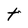
Character: t